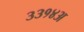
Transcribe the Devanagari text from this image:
३३१४अ